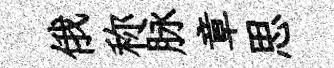
俄称脉章思